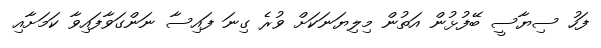
ފަހު ސިޔާސީ ބޭފުޅުން އަތުން މިލިޔަނަކަށް ވުރެ ގިނަ ފައިސާ ނަންގަވާފައިވާ ކަމަށާއި